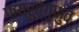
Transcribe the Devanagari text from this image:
फ्य्रुत्गुफुव्